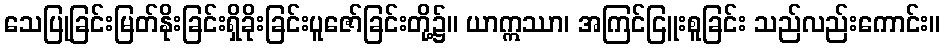
သေပြုခြင်းမြတ်နိုးခြင်းရှိခိုးခြင်းပူဇော်ခြင်းတို့၌။ ယာဣဿာ၊ အကြင်ငြူးစူခြင်း သည်လည်းကောင်း။